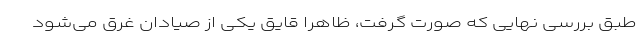
طبق بررسی‌ نهایی که صورت گرفت، ظاهرا قایق یکی از صیادان غرق می‌شود